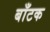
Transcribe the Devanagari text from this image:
बाँटक